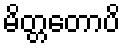
မိတ္တတောပိ